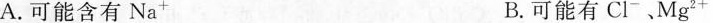
A.可能含有Na^{+} B.可能有Cl^{-}、Mg^{2+}